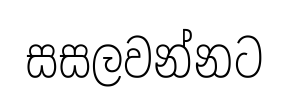
සසලවන්නට